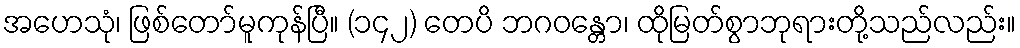
အဟေသုံ၊ ဖြစ်တော်မူကုန်ပြီ။ (၁၄၂) တေပိ ဘဂဝန္တော၊ ထိုမြတ်စွာဘုရားတို့သည်လည်း။